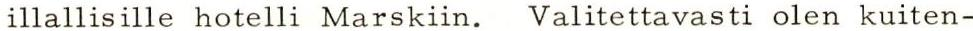
illallisille hotelli Marskiin. Valitettavasti olen kuiten-